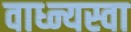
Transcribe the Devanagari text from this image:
वाध्न्यस्वा